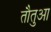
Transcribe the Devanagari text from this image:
तौतुआ